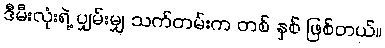
ဒီမီးလုံးရဲ့ ပျှမ်းမျှ သက်တမ်းက တစ် နှစ် ဖြစ်တယ်။